Report of the Imperial Institute of Veterinary Research, Muktesar
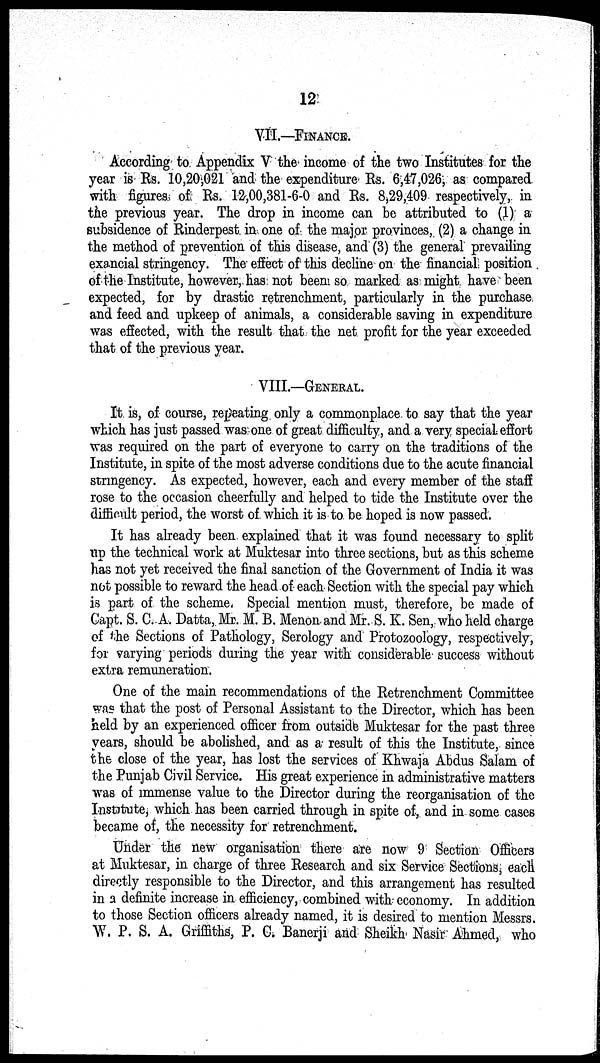
12
VII.—FINANCE.
According to Appendix V the income of the two Institutes for the
year is Rs. 10,20,021 and the expenditure Rs. 6,47,026, as compared
with figures of Rs. 12,00,381-6-0 and Rs. 8,29,409 respectively, in
the previous year. The drop in income can be attributed to (1) a
subsidence of Rinderpest in one of the major provinces, (2) a change in
the method of prevention of this disease, and (3) the general prevailing
exancial stringency. The effect of this decline on the financial position
of the Institute, however, has not been so marked as might have been
expected, for by drastic retrenchment, particularly in the purchase
and feed and upkeep of animals, a considerable saving in expenditure
was effected, with the result that the net profit for the year exceeded
that of the previous year.
VIII.—GENERAL.
It is, of course, repeating only a commonplace to say that the year
which has just passed was one of great difficulty, and a very special effort
was required on the part of everyone to carry on the traditions of the
Institute, in spite of the most adverse conditions due to the acute financial
stringency. As expected, however, each and every member of the staff
rose to the occasion cheerfully and helped to tide the Institute over the
difficult period, the worst of which it is to be hoped is now passed.
It has already been explained that it was found necessary to split
up the technical work at Muktesar into three sections, but as this scheme
has not yet received the final sanction of the Government of India it was
not possible to reward the head of each Section with the special pay which
is part of the scheme. Special mention must, therefore, be made of
Capt. S. C. A. Datta, Mr. M. B. Menon and Mr. S. K. Sen, who held charge
of the Sections of Pathology, Serology and Protozoology, respectively,
for varying periods during the year with considerable success without
extra remuneration.
One of the main recommendations of the Retrenchment Committee
was that the post of Personal Assistant to the Director, which has been
held by an experienced officer from outside Muktesar for the past three
years, should be abolished, and as a result of this the Institute, since
the close of the year, has lost the services of Khwaja Abdus Salam of
the Punjab Civil Service. His great experience in administrative matters
was of immense value to the Director during the reorganisation of the
Institute, which has been carried through in spite of, and in some cases
became of, the necessity for retrenchment.
Under the new organisation there are now 9 Section Officers
at Muktesar, in charge of three Research and six Service Sections, each
directly responsible to the Director, and this arrangement has resulted
in a definite increase in efficiency, combined with economy. In addition
to those Section officers already named, it is desired to mention Messrs.
W. P. S. A. Griffiths, P. C. Banerji and Sheikh Nasir Ahmed, who